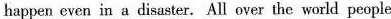
happen even in a disaster. All over the world people